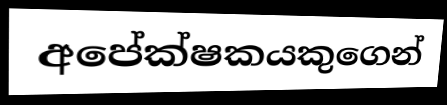
අපේක්ෂකයකුගෙන්